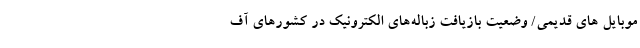
موبایل های قدیمی/ وضعیت بازیافت زباله‌های الکترونیک در کشورهای آف